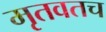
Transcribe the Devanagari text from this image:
मृतवतच